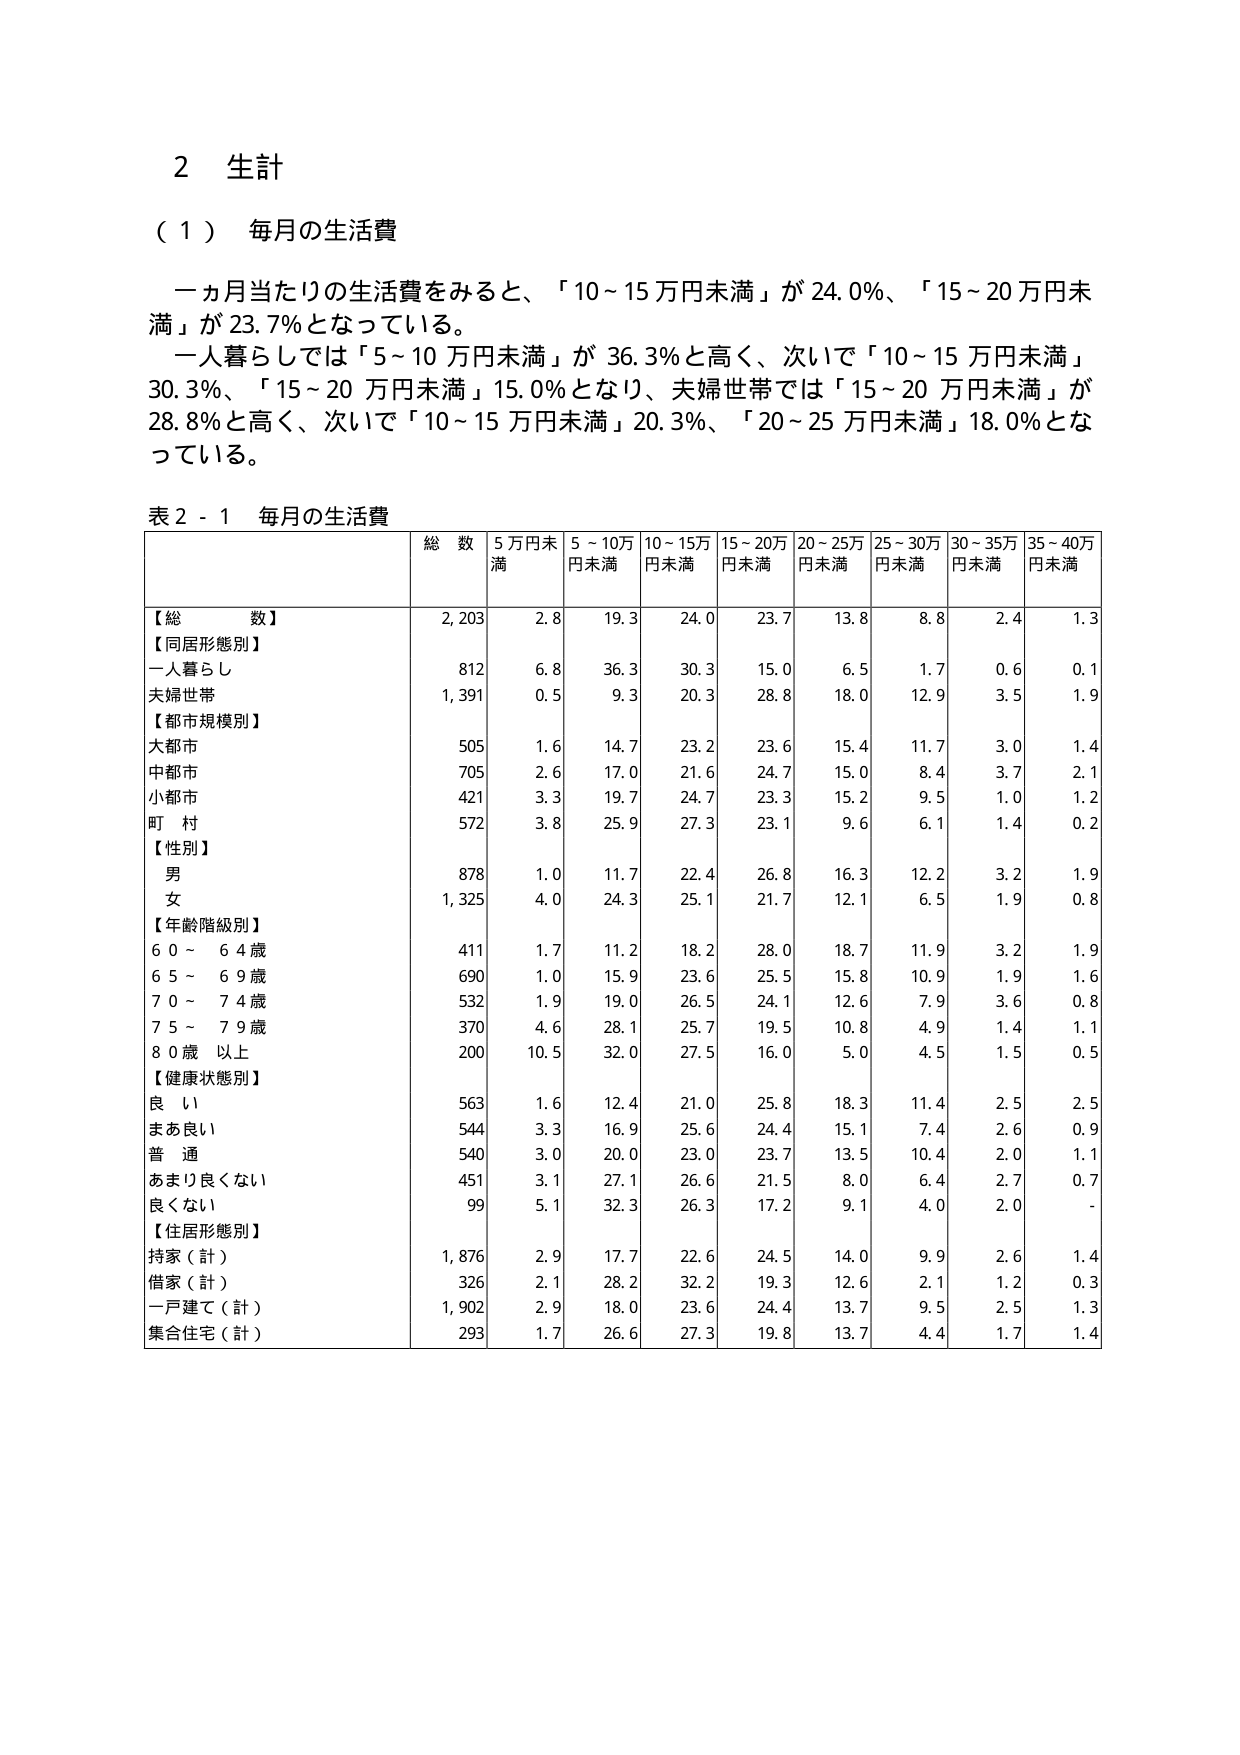
2 生計

（１） 毎月の生活費

一ヵ月当たりの生活費をみると、「10～15 万円未満」が 24.0％、「15～20 万円未満」が 23.7％となっている。

一人暮らしでは「5～10 万円未満」が 36.3％と高く、次いで「10～15 万円未満」30.3％、「15～20 万円未満」15.0％となり、夫婦世帯では「15～20 万円未満」が 28.8％と高く、次いで「10～15 万円未満」20.3％、「20～25 万円未満」18.0％となっている。

表 2 - 1 毎月の生活費

| | 総 数 | 5万円未満 | 5～10万円未満 | 10～15万円未満 | 15～20万円未満 | 20～25万円未満 | 25～30万円未満 | 30～35万円未満 | 35～40万円未満 |
|---|---|---|---|---|---|---|---|---|---|
| 【総 数】 | 2,203 | 2.8 | 19.3 | 24.0 | 23.7 | 13.8 | 8.8 | 2.4 | 1.3 |
| 【同居形態別】 | | | | | | | | | |
| 一人暮らし | 812 | 6.8 | 36.3 | 30.3 | 15.0 | 6.5 | 1.7 | 0.6 | 0.1 |
| 夫婦世帯 | 1,391 | 0.5 | 9.3 | 20.3 | 28.8 | 18.0 | 12.9 | 3.5 | 1.9 |
| 【都市規模別】 | | | | | | | | | |
| 大都市 | 505 | 1.6 | 14.7 | 23.2 | 23.6 | 15.4 | 11.7 | 3.0 | 1.4 |
| 中都市 | 705 | 2.6 | 17.0 | 21.6 | 24.7 | 15.0 | 8.4 | 3.7 | 2.1 |
| 小都市 | 421 | 3.3 | 19.7 | 24.7 | 23.3 | 15.2 | 9.5 | 1.0 | 1.2 |
| 町 村 | 572 | 3.8 | 25.9 | 27.3 | 23.1 | 9.6 | 6.1 | 1.4 | 0.2 |
| 【性別】 | | | | | | | | | |
| 男 | 878 | 1.0 | 11.7 | 22.4 | 26.8 | 16.3 | 12.2 | 3.2 | 1.9 |
| 女 | 1,325 | 4.0 | 24.3 | 25.1 | 21.7 | 12.1 | 6.5 | 1.9 | 0.8 |
| 【年齢階級別】 | | | | | | | | | |
| 6 0 ～ 6 4 歳 | 411 | 1.7 | 11.2 | 18.2 | 28.0 | 18.7 | 11.9 | 3.2 | 1.9 |
| 6 5 ～ 6 9 歳 | 690 | 1.0 | 15.9 | 23.6 | 25.5 | 15.8 | 10.9 | 1.9 | 1.6 |
| 7 0 ～ 7 4 歳 | 532 | 1.9 | 19.0 | 26.5 | 24.1 | 12.6 | 7.9 | 3.6 | 0.8 |
| 7 5 ～ 7 9 歳 | 370 | 4.6 | 28.1 | 25.7 | 19.5 | 10.8 | 4.9 | 1.4 | 1.1 |
| 8 0 歳 以上 | 200 | 10.5 | 32.0 | 27.5 | 16.0 | 5.0 | 4.5 | 1.5 | 0.5 |
| 【健康状態別】 | | | | | | | | | |
| 良 い | 563 | 1.6 | 12.4 | 21.0 | 25.8 | 18.3 | 11.4 | 2.5 | 2.5 |
| まあ良い | 544 | 3.3 | 16.9 | 25.6 | 24.4 | 15.1 | 7.4 | 2.6 | 0.9 |
| 普 通 | 540 | 3.0 | 20.0 | 23.0 | 23.7 | 13.5 | 10.4 | 2.0 | 1.1 |
| あまり良くない | 451 | 3.1 | 27.1 | 26.6 | 21.5 | 8.0 | 6.4 | 2.7 | 0.7 |
| 良くない | 99 | 5.1 | 32.3 | 26.3 | 17.2 | 9.1 | 4.0 | 2.0 | - |
| 【住居形態別】 | | | | | | | | | |
| 持家（計） | 1,876 | 2.9 | 17.7 | 22.6 | 24.5 | 14.0 | 9.9 | 2.6 | 1.4 |
| 借家（計） | 326 | 2.1 | 28.2 | 32.2 | 19.3 | 12.6 | 2.1 | 1.2 | 0.3 |
| 一戸建て（計） | 1,902 | 2.9 | 18.0 | 23.6 | 24.4 | 13.7 | 9.5 | 2.5 | 1.3 |
| 集合住宅（計） | 293 | 1.7 | 26.6 | 27.3 | 19.8 | 13.7 | 4.4 | 1.7 | 1.4 |